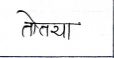
मजकूर: तोतया